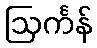
ဩင်္ကန်